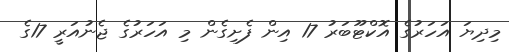
މިދިޔަ އަހަރުގެ އޮކްޓޫބަރު 17 އިން ފެށިގެން މި އަހަރުގެ ޖެނުއަރީ 17ގެ